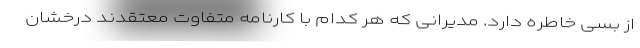
از بسی خاطره دارد. مدیرانی که هر کدام با کارنامه متفاوت معتقدند درخشان